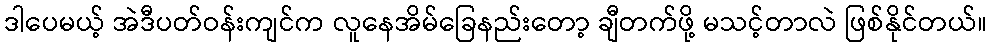
ဒါပေမယ့် အဲဒီပတ်ဝန်းကျင်က လူနေအိမ်ခြေနည်းတော့ ချီတက်ဖို့ မသင့်တာလဲ ဖြစ်နိုင်တယ်။